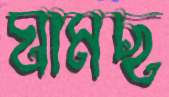
ঘামছ